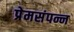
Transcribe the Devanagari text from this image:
प्रेमसंपन्न